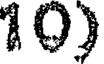
10)